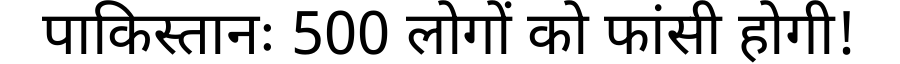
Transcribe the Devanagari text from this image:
पाकिस्तानः 500 लोगों को फांसी होगी!